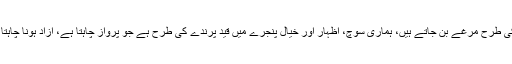
ہم اس بحث میں تو الجھتے ہیں، لیکن پھر سے ان مجسموں کی طرح مرغے بن جاتے ہیں، ہماری سوچ، اظہار اور خیال پنجرے میں قید پرندے کی طرح ہے جو پرواز چاہتا ہے، آزاد ہونا چاہتا ہے، لیکن ہم اس مقید سوچ کے آگے مرغے بنے ہوئے ہیں۔